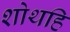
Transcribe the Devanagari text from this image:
शोथहि